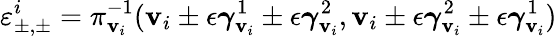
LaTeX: \varepsilon_{\pm,\pm}^{i}=\pi_{\mathbf{v}_{i}}^{-1}(\boldsymbol{\mathbf{v}}_{i}\pm\epsilon\boldsymbol{\gamma}_{\mathbf{v}_{i}}^{1}\pm\epsilon\boldsymbol{\gamma}_{\mathbf{v}_{i}}^{2},\boldsymbol{\mathbf{v}}_{i}\pm\epsilon\boldsymbol{\gamma}_{\mathbf{v}_{i}}^{2}\pm\epsilon\boldsymbol{\gamma}_{\mathbf{v}_{i}}^{1})